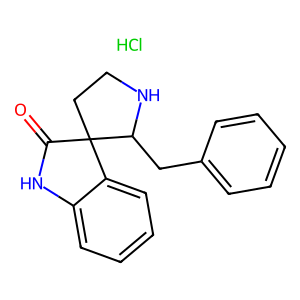
SMILES: Cl.O=C1Nc2ccccc2C12CCNC2Cc1ccccc1
Inhibits HIV replication: No